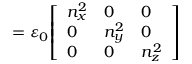
\mathbf { \varepsilon } = \varepsilon _ { 0 } { \left[ \begin{array} { l l l } { n _ { x } ^ { 2 } } & { 0 } & { 0 } \\ { 0 } & { n _ { y } ^ { 2 } } & { 0 } \\ { 0 } & { 0 } & { n _ { z } ^ { 2 } } \end{array} \right] }